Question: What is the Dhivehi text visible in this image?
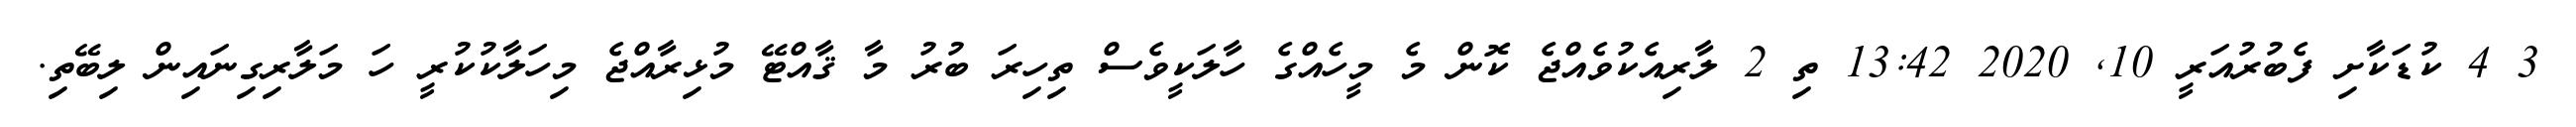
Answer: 3 4 ކުޑަކާށި ފެބުރުއަރީ 10, 2020 13:42 ތި 2 ލާރިއެކުވެއްޖެ ކޮން މެ މީހެއްގެ ހާލަކީވެސް ތިހިރަ ބުރު މާ ޤާއްޓޭ މުޅިރާއްޖެ މިހަލާކުކުރީ ހަ މަލާރިގިނައިން ލިބޭތި.